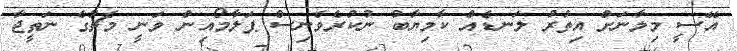
އޭސީ މިލާނަށް އިތުރު ލަނޑެއް ކާމިޔާބު ނުކުރެވެނިސް ޕަލާމޯއިން ވަނީ މެޗުގެ ނަތީޖާ